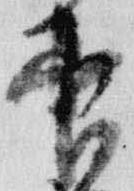
官